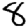
Digit: 8